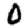
Digit: 0